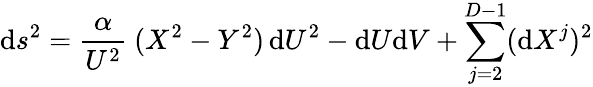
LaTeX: \mathrm{d}s^{2}=\frac{{\alpha}}{{U^{2}}}~(X^{2}-Y^{2})\, \mathrm{d}U^{2}-\mathrm{d}U\mathrm{d}V+\sum_{j=2}^{D-1}(\mathrm{d}X^{j})^{2}